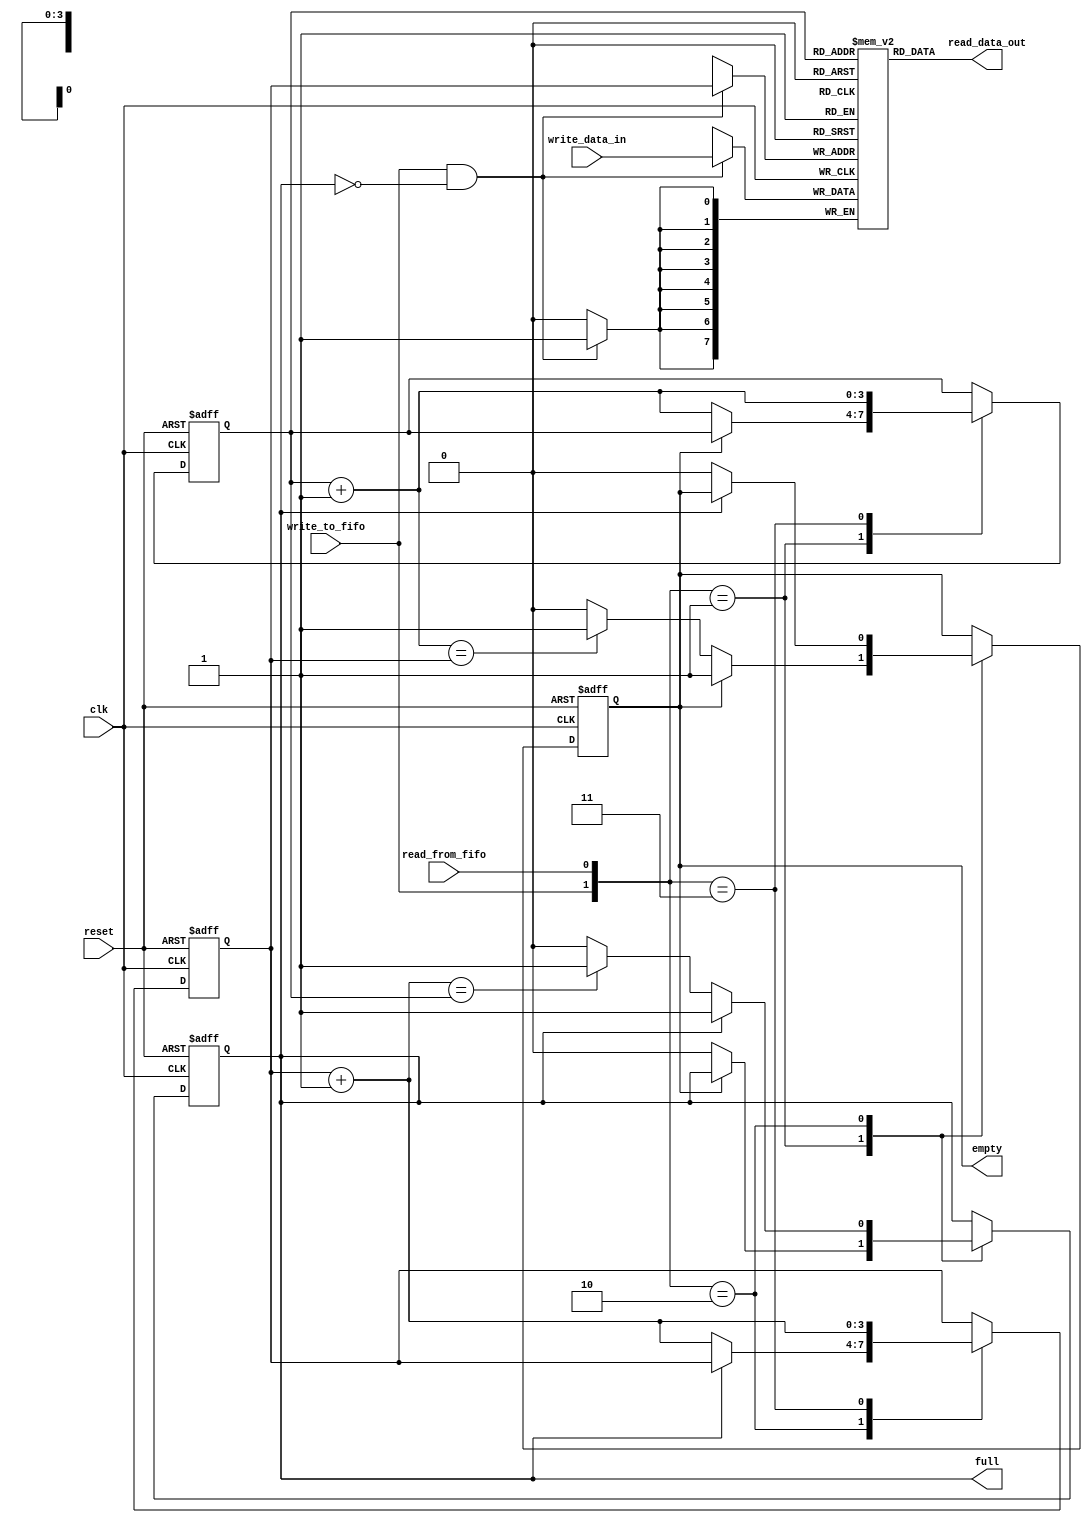
`timescale 1ns /1ps


module fifo
	#(
	   parameter	DATA_SIZE 	   = 8,	       // number of bits in a data word
				    ADDR_SPACE_EXP = 4	       // number of address bits (2^4 = 16 addresses)
	)
	(
	   input clk,                              // FPGA clock           
	   input reset,                            // reset button
	   input write_to_fifo,                    // signal start writing to FIFO
	   input read_from_fifo,                   // signal start reading from FIFO
	   input [DATA_SIZE-1:0] write_data_in,    // data word into FIFO
	   output [DATA_SIZE-1:0] read_data_out,   // data word out of FIFO
	   output empty,                           // FIFO is empty (no read)
	   output full	                           // FIFO is full (no write)
);

	// signal declaration
	reg [DATA_SIZE-1:0] memory [2**ADDR_SPACE_EXP-1:0];		// memory array register
	reg [ADDR_SPACE_EXP-1:0] current_write_addr, current_write_addr_buff, next_write_addr;
	reg [ADDR_SPACE_EXP-1:0] current_read_addr, current_read_addr_buff, next_read_addr;
	reg fifo_full, fifo_empty, full_buff, empty_buff;
	wire write_enabled;
	
	// register file (memory) write operation
	always @(posedge clk)
		if(write_enabled)
			memory[current_write_addr] <= write_data_in;
			
	// register file (memory) read operation
	assign read_data_out = memory[current_read_addr];
	
	// only allow write operation when FIFO is NOT full
	assign write_enabled = write_to_fifo & ~fifo_full;
	
	// FIFO control logic
	// register logic
	always @(posedge clk or posedge reset)
		if(reset) begin
			current_write_addr 	<= 0;
			current_read_addr 	<= 0;
			fifo_full 			<= 1'b0;
			fifo_empty 			<= 1'b1;       // FIFO is empty after reset
		end
		else begin
			current_write_addr  <= current_write_addr_buff;
			current_read_addr   <= current_read_addr_buff;
			fifo_full  			<= full_buff;
			fifo_empty 			<= empty_buff;
		end

	// next state logic for read and write address pointers
	always @* begin
		// successive pointer values
		next_write_addr = current_write_addr + 1;
		next_read_addr  = current_read_addr + 1;
		
		// default: keep old values
		current_write_addr_buff = current_write_addr;
		current_read_addr_buff  = current_read_addr;
		full_buff  = fifo_full;
		empty_buff = fifo_empty;
		
		// Button press logic
		case({write_to_fifo, read_from_fifo})     // check both buttons
			// 2'b00: neither buttons pressed, do nothing
			
			2'b01:	// read button pressed?
				if(~fifo_empty) begin   // FIFO not empty
					current_read_addr_buff = next_read_addr;
					full_buff = 1'b0;   // after read, FIFO not full anymore
					if(next_read_addr == current_write_addr)
						empty_buff = 1'b1;
				end
			
			2'b10:	// write button pressed?
				if(~fifo_full) begin	// FIFO not full
					current_write_addr_buff = next_write_addr;
					empty_buff = 1'b0;  // after write, FIFO not empty anymore
					if(next_write_addr == current_read_addr)
						full_buff = 1'b1;
				end
				
			2'b11:	begin	// write and read
				current_write_addr_buff = next_write_addr;
				current_read_addr_buff  = next_read_addr;
				end
		endcase			
	end

	// output
	assign full = fifo_full;
	assign empty = fifo_empty;

endmodule